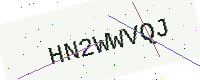
Text: HN2WWVQJ